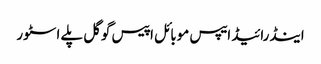
اینڈرائیڈ ایپس موبائل اپیس گوگل پلے اسٹور